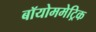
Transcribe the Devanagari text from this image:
बॉयोममेट्रिक